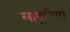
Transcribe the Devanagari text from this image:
लावूनियां